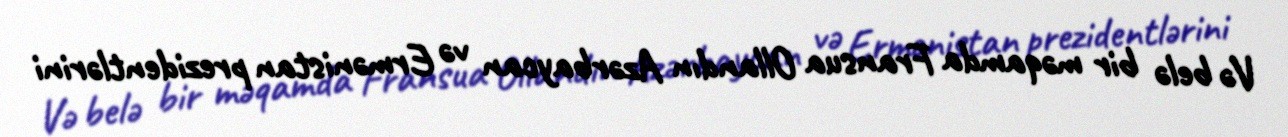
Və belə bir məqamda Fransua Ollandın Azərbaycan və Ermənistan prezidentlərini